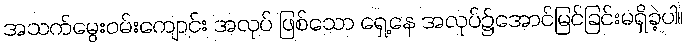
အသက်မွေးဝမ်းကျောင်း အလုပ် ဖြစ်သော ရှေ့နေ အလုပ်၌အောင်မြင်ခြင်းမရှိခဲ့ပါ။